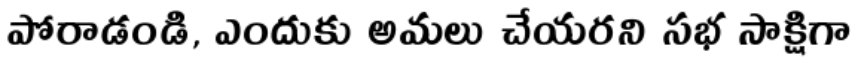
పోరాడండి, ఎందుకు అమలు చేయరని సభ సాక్షిగా